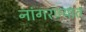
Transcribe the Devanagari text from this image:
नांगरण्यात